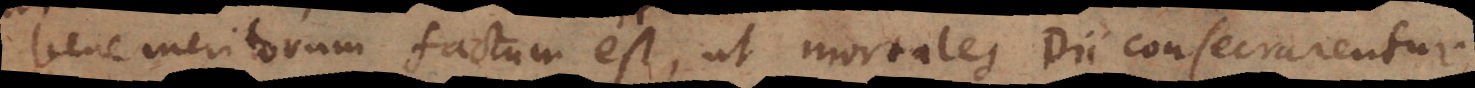
bene meritorum factum est, ut mortales Dii consecrarentur.